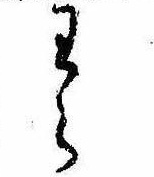
わら